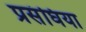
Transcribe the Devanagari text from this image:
प्रसंघिया